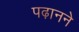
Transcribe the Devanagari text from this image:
पढ़ानने